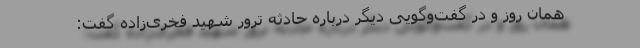
همان روز و در گفت‌وگویی دیگر درباره حادثه ترور شهید فخری‌زاده گفت: